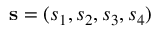
\mathbf { s } = ( s _ { 1 } , s _ { 2 } , s _ { 3 } , s _ { 4 } )